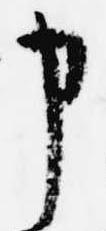
申